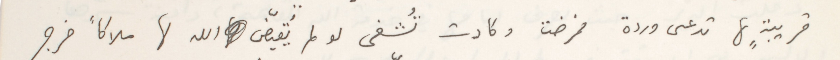
قريبةٍ لها تدعى وردة فمرضت وكادت تُشفى لو لم يُقيّض الله لها ملاكاً خرج